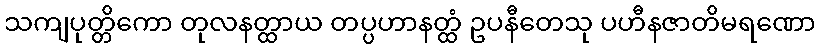
သကျပုတ္တိကော တုလနတ္ထာယ တပ္ပဟာနတ္ထံ ဥပနီတေသု ပဟီနဇာတိမရဏော